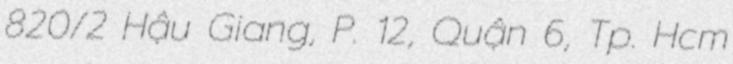
820/2 Hậu Giang, P. 12, Quận 6, Tp. Hcm